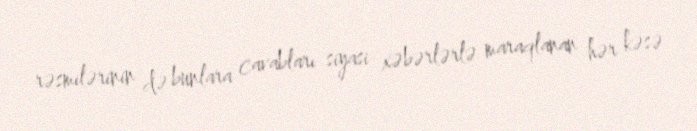
rəsmilərinin də bunlara cavabları siyasi xəbərlərlə maraqlanan hər kəsə